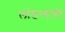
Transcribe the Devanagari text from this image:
लांडग्यांची